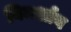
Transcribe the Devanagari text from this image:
विमर्शाय